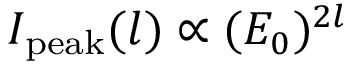
I _ { \mathrm { p e a k } } ( l ) \propto ( E _ { 0 } ) ^ { 2 l }